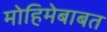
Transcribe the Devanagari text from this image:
मोहिमेबाबत